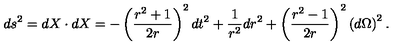
d s ^ { 2 } = d X \cdot d X = - \left( \frac { r ^ { 2 } + 1 } { 2 r } \right) ^ { 2 } d t ^ { 2 } + \frac 1 { r ^ { 2 } } d r ^ { 2 } + \left( \frac { r ^ { 2 } - 1 } { 2 r } \right) ^ { 2 } \left( d \Omega \right) ^ { 2 } { . }